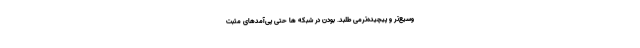
وسیع­‌تر و پیچیده‌­ترمی طلبد. بودنِ در شبکه ها حتی پی­‌آمدهای مثبتِ